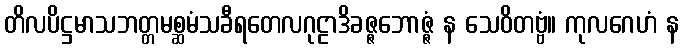
တိလပိဋ္ဌမာသဘတ္တမစ္ဆမံသခီရတေလဂုဠာဒိခဇ္ဇဘောဇ္ဇံ န သေဝိတဗ္ဗံ။ ကုလဂေဟံ န